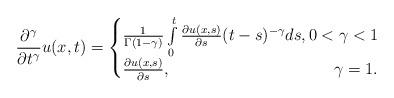
LaTeX: \begin{align*}\frac{\partial^\gamma}{\partial t^\gamma}u(x,t)=\begin{cases}\frac{1}{\Gamma(1-\gamma)}\int\limits_0^t \frac{\partial u(x,s)}{\partial s}(t-s)^{-\gamma}ds,0<\gamma <1\\\frac{\partial u(x,s)}{\partial s},\qquad\qquad\qquad\qquad\qquad\gamma=1.\end{cases}\end{align*}